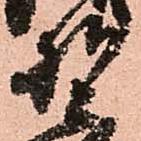
野